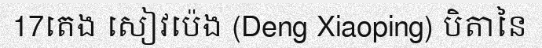
17តេង សៀវប៉េង (Deng Xiaoping) បិតានៃ